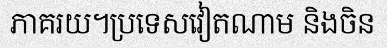
ភាគរយ។ប្រទេសវៀតណាម និងចិន